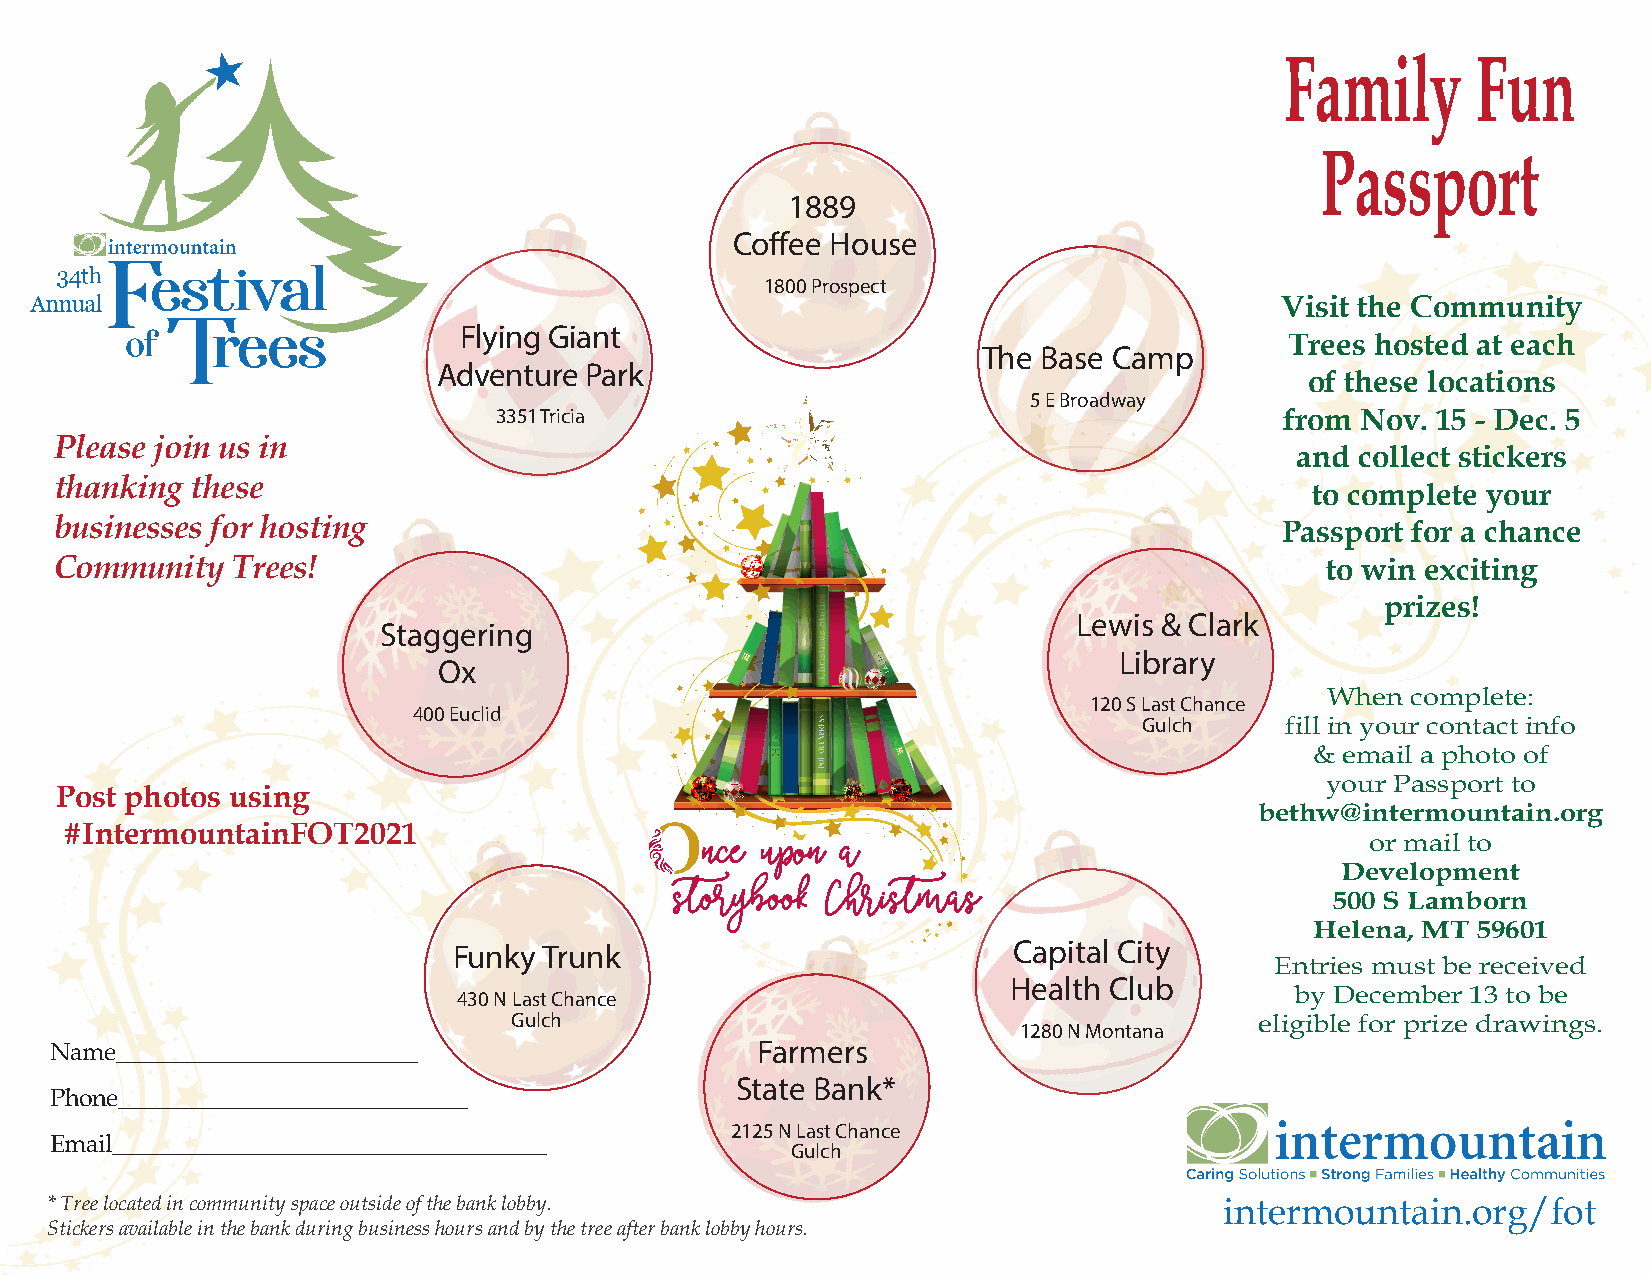
Family       Fun
 Passport
 1889
 Coffee House
 1800 Prospect
 Visit the Community
 Flying Giant
 Trees hosted at each
 The Base Camp
 Adventure Park
 of these locations
 5 E Broadway
 3351 Tricia                                         from Nov. 15 - Dec. 5
 Please join us in
 and collect stickers
 thanking these
 to complete your
 businesses for hosting                                                           Passport for a chance
 Community  Trees!                                                                   to win exciting
 prizes!
 Lewis & Clark
 Staggering
 Library
 Ox
 When complete:
 120 S Last Chance
 400 Euclid
 Gulch    fill in your contact info
 & email a photo of
 your Passport to
 Post photos using
 bethw@intermountain.org
 #IntermountainFOT2021
 or mail to
 Development
 500 S Lamborn
 Helena, MT 59601
 Funky Trunk                          Capital City
 Entries must be received
 Health Club
 430 N Last Chance                                       by December 13 to be
 Gulch                                            eligible for prize drawings.
 1280 N Montana
 Name_________________________                  Farmers
 State Bank*
 Phone_____________________________
 2125 N Last Chance
 Email____________________________________
 Gulch
 * Tree located in community space outside of the bank lobby.                  intermountain.org/fot
 Stickers available in the bank during business hours and by the tree after bank lobby hours.